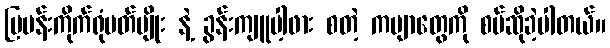
မြမန်းကိုက်ရုံပတ်ပျိုး နဲ့ ခွန်းကျူပါ့ဖား စတဲ့ ကဗျာတွေကို စပ်ဆိုခဲ့ပါတယ်။